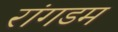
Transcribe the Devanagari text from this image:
रांगडम